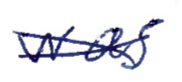
Text: was
Cross-out: cross
Writing tool: ballpoint